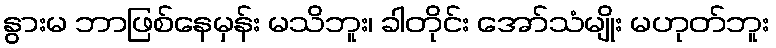
နွားမ ဘာဖြစ်နေမှန်း မသိဘူး၊ ခါတိုင်း အော်သံမျိုး မဟုတ်ဘူး